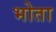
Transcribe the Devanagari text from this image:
भोता